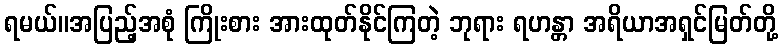
ရမယ်။အပြည့်အစုံ ကြိုးစား အားထုတ်နိုင်ကြတဲ့ ဘုရား ရဟန္တာ အရိယာအရှင်မြတ်တို့